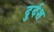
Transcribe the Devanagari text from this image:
दुर्दश